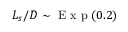
L _ { s } / D \sim \mathrm { ~ E ~ x ~ p ~ } ( 0 . 2 )